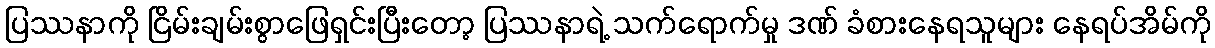
ပြဿနာကို ငြိမ်းချမ်းစွာဖြေရှင်းပြီးတော့ ပြဿနာရဲ့ သက်ရောက်မှု ဒဏ် ခံစားနေရသူများ နေရပ်အိမ်ကို